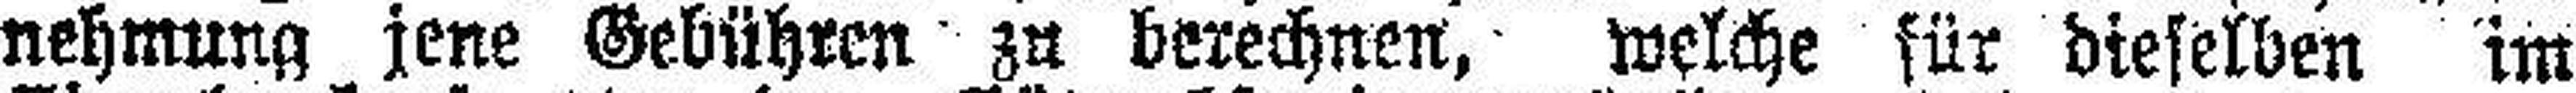
nehmung jene Gebühren zu berechnen, welche für dieselben im